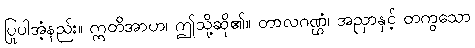
ပြုပါအံ့နည်း။ ဣတိအာဟ၊ ဤသို့ဆို၏။ တာလဂဏ္ဌံ၊ အညှာနှင့် တကွသော